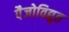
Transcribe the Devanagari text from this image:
पैजोविद्युत